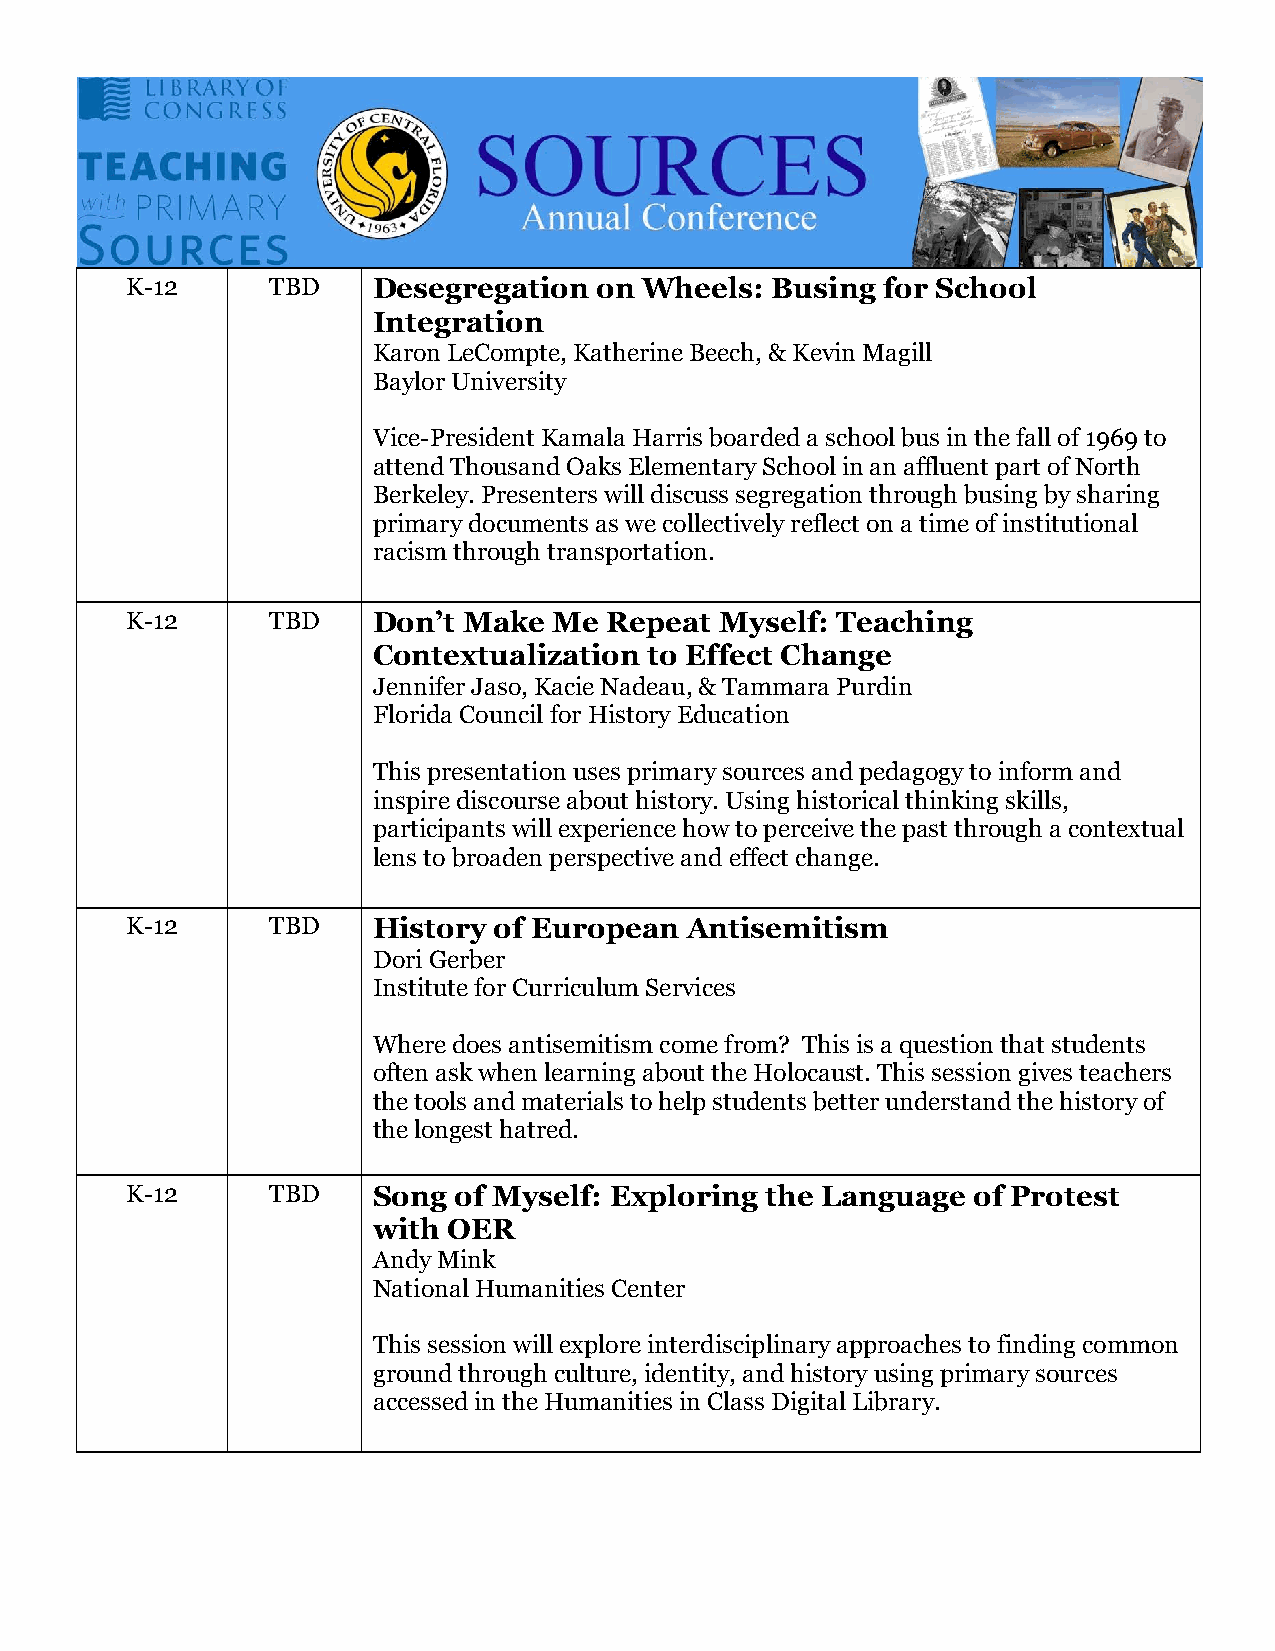
K-12      TBD    Desegregation on  Wheels: Busing for School
 Integration
 Karon LeCompte, Katherine Beech, & Kevin Magill
 Baylor University
 Vice-President Kamala Harris boarded a school bus in the fall of 1969 to
 attend Thousand Oaks Elementary School in an affluent part of North
 Berkeley. Presenters will discuss segregation through busing by sharing
 primary documents as we collectively reflect on a time of institutional
 racism through transportation.
 K-12      TBD    Don’t Make  Me Repeat  Myself: Teaching
 Contextualization to Effect Change
 Jennifer Jaso, Kacie Nadeau, & Tammara Purdin
 Florida Council for History Education
 This presentation uses primary sources and pedagogy to inform and
 inspire discourse about history. Using historical thinking skills,
 participants will experience how to perceive the past through a contextual
 lens to broaden perspective and effect change.
 K-12      TBD    History of European Antisemitism
 Dori Gerber
 Institute for Curriculum Services
 Where does antisemitism come from? This is a question that students
 often ask when learning about the Holocaust. This session gives teachers
 the tools and materials to help students better understand the history of
 the longest hatred.
 K-12      TBD    Song of Myself: Exploring the Language of Protest
 with OER
 Andy Mink
 National Humanities Center
 This session will explore interdisciplinary approaches to finding common
 ground through culture, identity, and history using primary sources
 accessed in the Humanities in Class Digital Library.